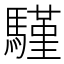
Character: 騹